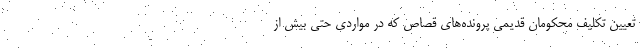
تعیین تکلیف محکومان قدیمی پرونده‌های قصاص که در مواردی حتی بیش از